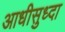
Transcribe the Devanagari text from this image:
आधीसुध्दा